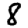
Digit: 8